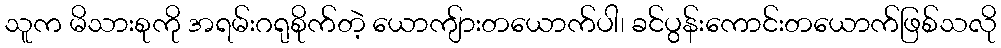
သူက မိသားစုကို အရမ်းဂရုစိုက်တဲ့ ယောကျ်ားတယောက်ပါ၊ ခင်ပွန်းကောင်းတယောက်ဖြစ်သလို